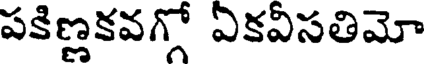
పకిణ్లకవగ్గో ఏకవీసతిమో